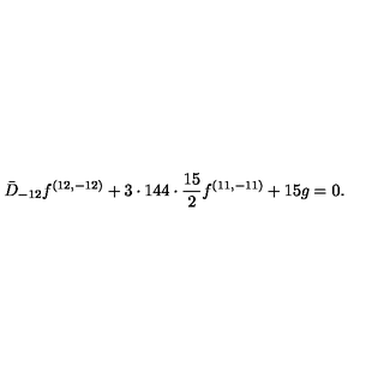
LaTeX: { \bar { D } _ { - 1 2 } f ^ { ( 1 2 , - 1 2 ) } + 3 \cdot 1 4 4 \cdot { \frac { 1 5 } { 2 } } f ^ { ( 1 1 , - 1 1 ) } + 1 5 g = 0 . }